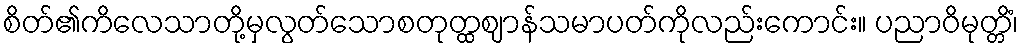
စိတ်၏ကိလေသာတို့မှလွတ်သောစတုတ္ထဈာန်သမာပတ်ကိုလည်းကောင်း။ ပညာဝိမုတ္တိံ၊